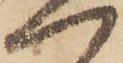
一